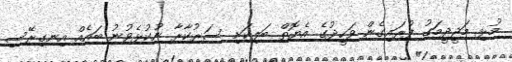
މުޅި މަޖީދީމަގު ފުރައިގެން ވަހީދުގެ އެޔޮތް ބަލިކަށި ސަރުކާރާ ނުކުޅެވުނު ބައެއް އިނގިރޭސި